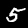
Label: 5